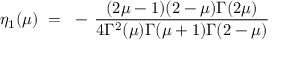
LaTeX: \eta _ { 1 } ( \mu ) ~ = ~ - \, \frac { ( 2 \mu - 1 ) ( 2 - \mu ) \Gamma ( 2 \mu ) } { 4 \Gamma ^ { 2 } ( \mu ) \Gamma ( \mu + 1 ) \Gamma ( 2 - \mu ) }